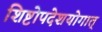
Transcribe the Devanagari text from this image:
शिष्टोपदेशयोगात्